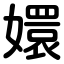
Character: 嬛